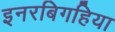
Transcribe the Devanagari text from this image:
इनरबिगहिया